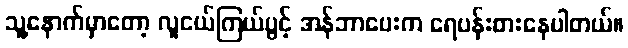
သူ့နောက်မှာတော့ လူငယ်ကြယ်ပွင့် အန်ဘာပေးက ရေပန်းစားနေပါတယ်။